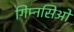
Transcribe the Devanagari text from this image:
गिम्नसिओ